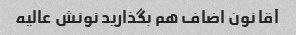
آقا نون اضاف هم بگذارید نونش عالیه